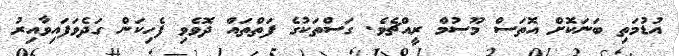
އުޑުމަތި ބަނަކޮށް އޮތަސް މޫސުމް ރީއްޗެވެ. ގަސްތަކުގެ ފަތްތައް ދޮވެވި ފެހިކަން ގަދެވަފައިވާއިރު